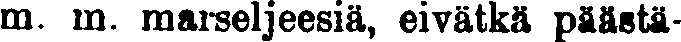
m. m. marseljeesiä, eivätkä päästä-